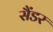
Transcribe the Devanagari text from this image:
सैंडर